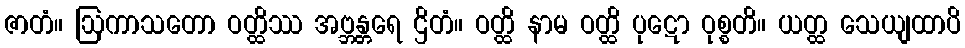
ဇာတံ။ ဩကာသတော ဝတ္ထိဿ အဗ္ဘန္တရေ ဌိတံ။ ဝတ္ထိ နာမ ဝတ္ထိ ပုဋော ဝုစ္စတိ။ ယတ္ထ သေယျထာပိ